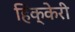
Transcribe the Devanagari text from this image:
हिक्केरी